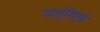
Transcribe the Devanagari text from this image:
चातुरीपूर्ण